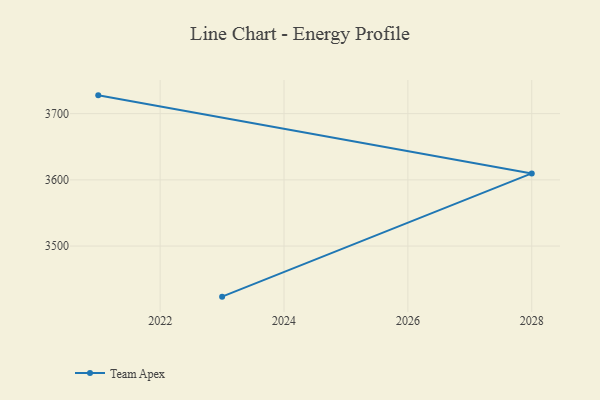
{"axis": {"x": "Year", "y": "Bounce Rate (%)"}, "legend": ["Team Apex"], "data": [{"x": "2023", "y": 3423.6, "type": "Team Apex"}, {"x": "2028", "y": 3609.7, "type": "Team Apex"}, {"x": "2021", "y": 3727.6, "type": "Team Apex"}]}